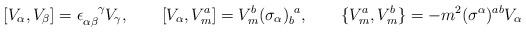
LaTeX: \begin{align*}[ V_\alpha, V_\beta ] = \epsilon_{\alpha\beta}^{~~~\!\gamma} V_\gamma,\qquad[ V_\alpha, V_m^a ] = V_m^b (\sigma_\alpha)_b^{~a},\qquad\{ V_m^a, V_m^b \} = - m^2 (\sigma^\alpha)^{ab} V_\alpha\end{align*}